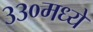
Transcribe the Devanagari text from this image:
३३०मध्ये